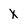
Character: x